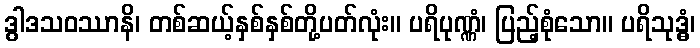
ဒွါဒသဝဿာနိ၊ တစ်ဆယ့်နှစ်နှစ်တို့ပတ်လုံး။ ပရိပုဏ္ဏံ၊ ပြည့်စုံသော။ ပရိသုဒ္ဓံ၊